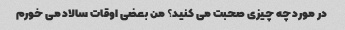
در مورد چه چیزی صحبت می کنید؟ من بعضی اوقات سالاد می خورم